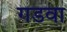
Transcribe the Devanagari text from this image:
गडवा